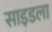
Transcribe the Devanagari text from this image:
साइडला